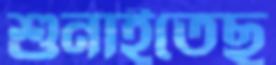
শুনাইতেছ